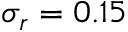
\sigma _ { r } = 0 . 1 5